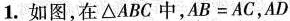
1.如图，在△ABC中，$$A B = A C$$，AD